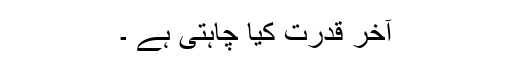
آخر قدرت کیا چاہتی ہے ۔